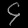
Digit: ၄